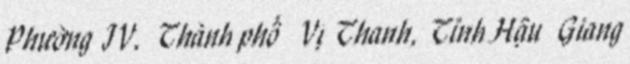
Phường IV, Thành phố Vị Thanh, Tỉnh Hậu Giang